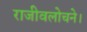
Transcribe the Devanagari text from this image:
राजीवलोचने।